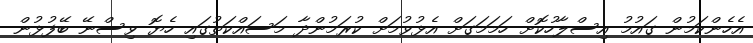
އެހެންކަމުން ގައުމު އިސްލާހުކޮށް ހަމަމަގަށް އެޅުވުމަށް ކުރަމުންދާ މަސައްކަތުގައި ހެޔޮ ވިސްނޭ ބޭފުޅުން